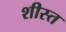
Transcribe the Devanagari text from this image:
शीस्त